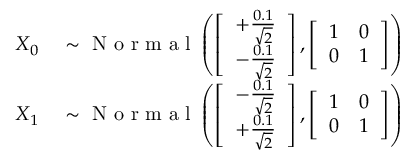
\begin{array} { r l } { X _ { 0 } } & { { } \sim \mathrm { ~ N ~ o ~ r ~ m ~ a ~ l ~ } \left( \begingroup \left[ \begin{array} { l } { + \frac { 0 . 1 } { \sqrt { 2 } } } \\ { - \frac { 0 . 1 } { \sqrt { 2 } } } \end{array} \right] \endgroup , \left[ \begin{array} { l l } { 1 } & { 0 } \\ { 0 } & { 1 } \end{array} \right] \right) } \\ { X _ { 1 } } & { { } \sim \mathrm { ~ N ~ o ~ r ~ m ~ a ~ l ~ } \left( \begingroup \left[ \begin{array} { l } { - \frac { 0 . 1 } { \sqrt { 2 } } } \\ { + \frac { 0 . 1 } { \sqrt { 2 } } } \end{array} \right] \endgroup , \left[ \begin{array} { l l } { 1 } & { 0 } \\ { 0 } & { 1 } \end{array} \right] \right) } \end{array}